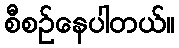
စီစဉ်နေပါတယ်။